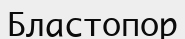
Бластопор